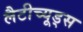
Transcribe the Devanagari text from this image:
लैटीच्यूड्स